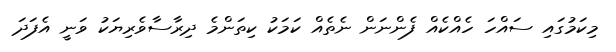
މިކަމުގައި ސައްހަ ހެއްކެއް ފެންނަން ނެތެއް ކަމަކު ކިތަންމެ ދިރާސާވެރިޔަކު ވަނީ އެފަދަ